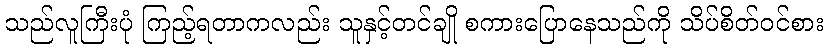
သည်လူကြီးပုံ ကြည့်ရတာကလည်း သူနှင့်တင်ချို စကားပြောနေသည်ကို သိပ်စိတ်ဝင်စား